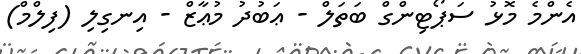
އެންމެ މޮޅު ސަޕޯޓިންގް ބަތަލް - ޢަބުދު މުޢާޒް - އިނގިލި (ފިލްމް)